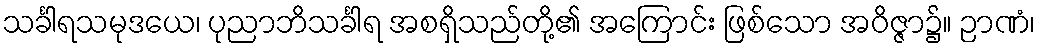
သင်္ခါရသမုဒယေ၊ ပုညာဘိသင်္ခါရ အစရှိသည်တို့၏ အကြောင်း ဖြစ်သော အဝိဇ္ဇာ၌။ ဉာဏံ၊